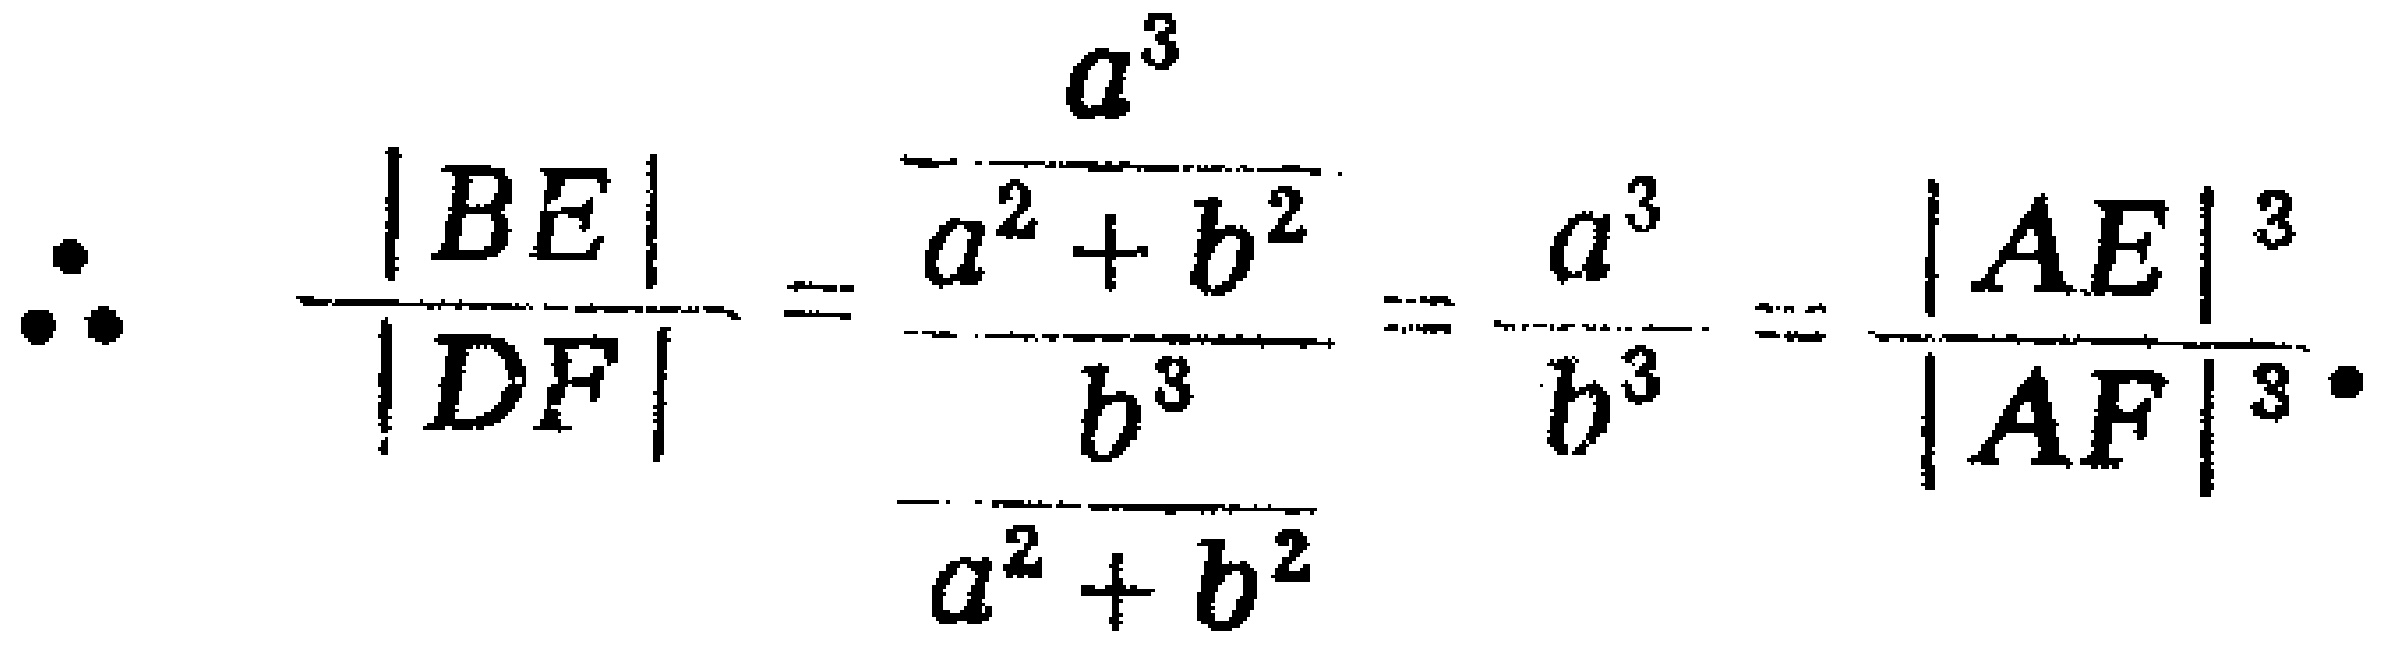
\(\therefore \frac{|BE|}{|DF|}=\frac{\frac{a^{3}}{a^{2}+b^{2}}}{\frac{b^{3}}{a^{2}+b^{2}}}=\frac{a^{3}}{b^{3}}=\frac{|AE|^{3}}{|AF|^{3}}.\)